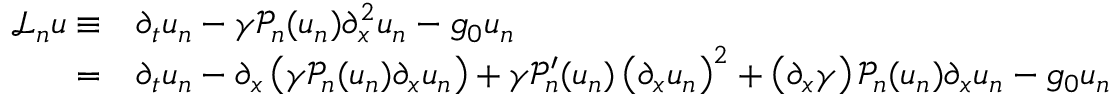
\begin{array} { r l } { \mathcal { L } _ { n } u \equiv } & { \partial _ { t } u _ { n } - \gamma \mathcal { P } _ { n } ( u _ { n } ) \partial _ { x } ^ { 2 } u _ { n } - g _ { 0 } u _ { n } } \\ { = } & { \partial _ { t } u _ { n } - \partial _ { x } \left( \gamma \mathcal { P } _ { n } ( u _ { n } ) \partial _ { x } u _ { n } \right) + \gamma \mathcal { P } _ { n } ^ { \prime } ( u _ { n } ) \left( \partial _ { x } u _ { n } \right) ^ { 2 } + \left( \partial _ { x } \gamma \right) \mathcal { P } _ { n } ( u _ { n } ) \partial _ { x } u _ { n } - g _ { 0 } u _ { n } } \end{array}